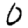
Digit: 0